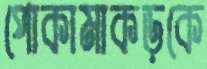
পোকামাকড়কে